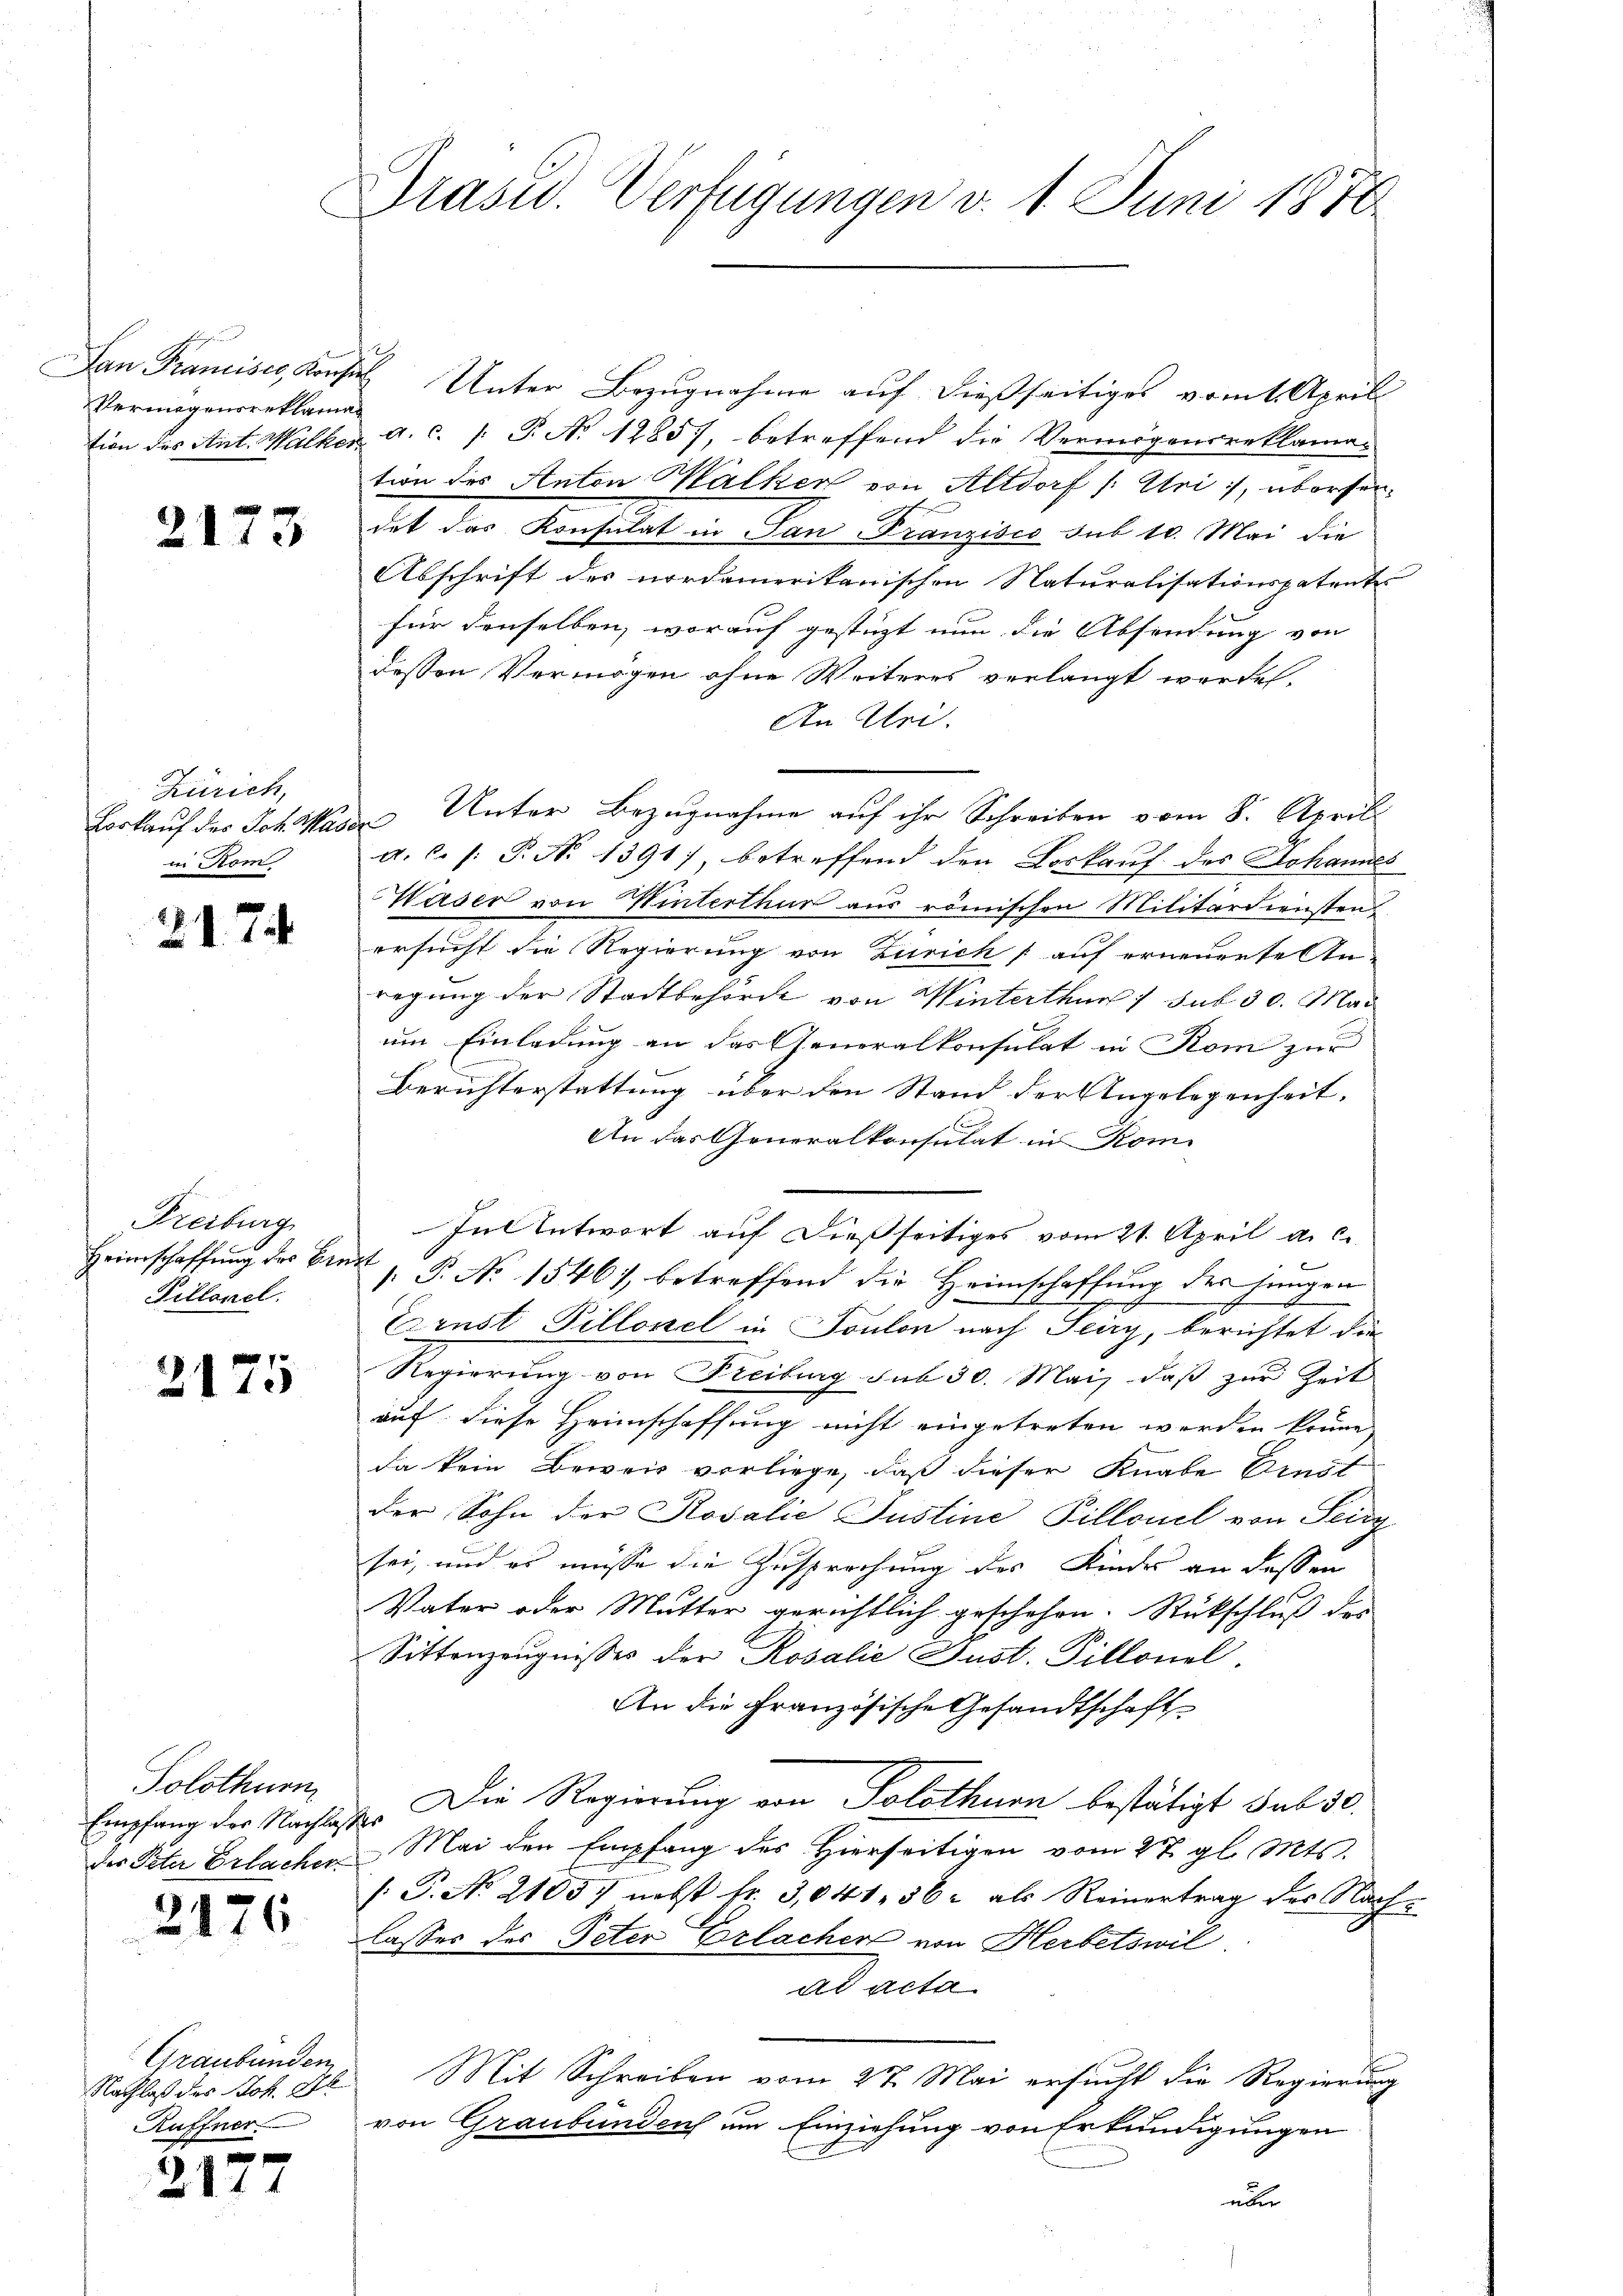
Vermögensreklaman

2173

Zürich,
in Kom

217

Freiburg
Heimschaffung des Bank¬
Tillonel.

7
2110

Solothurn
Empfang der Nachlasse
des Peter Erlacher

2176

Graubünden
Nachlaß des Joh. Al.
Ruffner.

2177

Präsid. Verfügungen d. 1. Juni 1878

Lan Pramises, Konsis Unter Bezugnahme auf dießseitiges vom 1. April
tion des Ant. Walker a. c. /: P. No 1285), betreffend die Vermögensreklamation des Anton Walker von Altdorf /: Uri, überserdet das Konsulat in San Franzisco sub 10. Mai die
Abschrift des nordamerikanischen Naturalisationspatent
für denselben, worauf gestützt nun die Absendung von
dessen Vermögen ohne Weiteres verlangt werden.
An Uri.
Borkauf der Joh. Waser Unter Bezugnahme auf ihr Schreiben vom 8. April
a.c. (: P. No 1391), betreffend den Loskauf des Johannes
Waser von Winterthur aus römischen Militärdiensten
ersucht die Regierung von Zürich auf erneuerte An-
regung der Stadtbehörde von Winterthur sub 30. Mai
um Einladung an das Generalkonsulat in Rom zur
Berichterstattung über den Stand der Angelegenheit.
An das Generalkonsulat in Rom
Jut Entwort auf dießseitiges vom 21. April a. c.
. P. No 1546 betreffend die Heimschaffung des jungen
Ernst Pillonel in Toulon nach Seiry, berichtet die
Regierung von Freiburg sub 30. Mai, daß zur Zeit
auf diese Heimschaffung nicht eingetreten werden könne,
da kein Beweis vorliege, daß dieser Knabe Ernst
der Sohn der Rosalie Justine Pillonel von Seid
sei, und es müsse die Zusprechung des Kindes an dessen
Vater oder Mutter gerichtlich geschehen. Rückschluß des
Sittenzeugnisses der Rosalie Just. Tillonel.
An die Französische Gesandtschaft
2. Die Regierung von Solothurn bestätigt sub 30.
Mai den Empfang des Hierseitigen vom 27. gl. Mts.
[.P. No 2105) nebst fr. 3,041, 362 als Reinertrag der Nach-
lasses des Peter Erlacher von Herbetswil
ad acta
Mit Schreiben vom 27. Mai ersucht die Regierung
von Graubündench um Einziehung von Erkundigungen
über